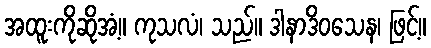
အထူးကိုဆိုအံ့။ ကုသလံ၊ သည်။ ဒါနာဒိဝသေန၊ ဖြင့်။